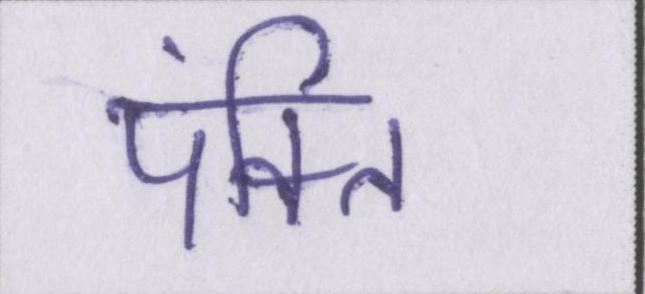
पंक्ति